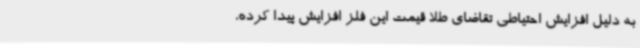
به دلیل افزایش احتیاطی تقاضای طلا قیمت این فلز افزایش پیدا کرده،